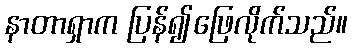
နာတာရှာက ပြန်၍ဖြေလိုက်သည်။